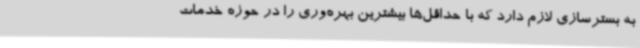
به بسترسازی لازم دارد که با حداقل‌ها بیشترین بهره‌وری را در حوزه خدمات